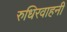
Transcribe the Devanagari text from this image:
रुधिरवाहनी